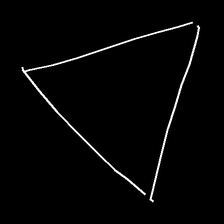
Glyph: convergence